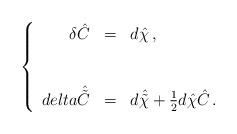
LaTeX: \begin{align*}\left\{\begin{array}{rcl}\delta\hat{C} & = & d\hat{\chi}\, ,\\& & \\\\delta\hat{\tilde{C}} & = & d\hat{\tilde{\chi}} +\frac{1}{2}d\hat{\chi}\hat{C}\, .\\\end{array}\right.\end{align*}